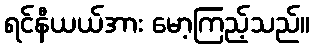
ရင်နီယယ်အား မော့ကြည့်သည်။